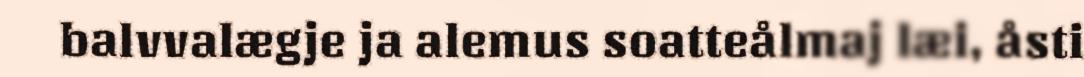
balvvalægje ja alemus soatteålmaj læi, åsti